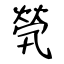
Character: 煢